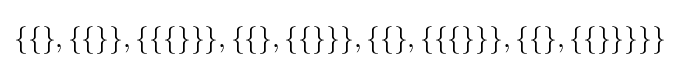
\{\{\},\{\{\}\},\{\{\{\}\}\},\{\{\},\{\{\}\}\},\{\{\},\{\{\{\}\}\},\{\{\},\{\{\}\}\}\}\}